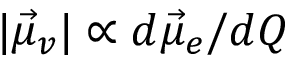
| \vec { \mu } _ { v } | \propto d \vec { \mu } _ { e } / d Q